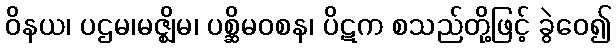
ဝိနယ၊ ပဌမ၊မဇ္ဈိမ၊ ပစ္ဆိမဝစန၊ ပိဋက စသည်တို့ဖြင့် ခွဲဝေ၍